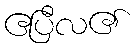
ဧပြီလ၏